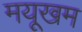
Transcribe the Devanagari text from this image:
मयूखम